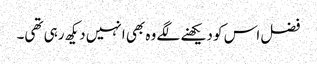
فضل اس کو دیکھنے لگے وہ بھی انہیں دیکھ رہی تھی۔